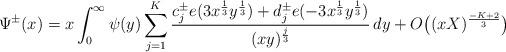
LaTeX: \begin{align*}\Psi^\pm(x) = x \int_0^\infty \psi(y) \sum_{j = 1}^K \frac{c_j^\pm e(3 x^\frac{1}{3} y^{\frac{1}{3}}) + d_j^\pm e(-3 x^{\frac{1}{3}} y^{\frac{1}{3}})}{(x y)^{\frac{j}{3}}} \, d y + O\bigl( (x X)^{\frac{-K + 2}{3}} \bigr)\end{align*}